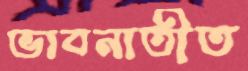
ভাবনাতীত